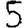
Digit: 5